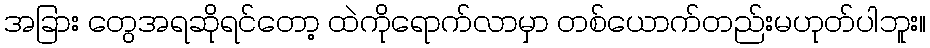
အခြား တွေအရဆိုရင်တော့ ထဲကိုရောက်လာမှာ တစ်ယောက်တည်းမဟုတ်ပါဘူး။